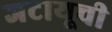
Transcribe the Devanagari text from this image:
जटायूची